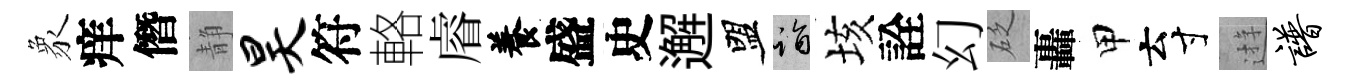
象痒僭静昊符輅𥈠養盛史邂盟诣垓詮幻砭轟甲云寸逰谱